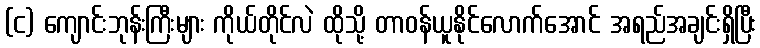
(င) ကျောင်းဘုန်းကြီးများ ကိုယ်တိုင်လဲ ထိုသို့ တာဝန်ယူနိုင်လောက်အောင် အရည်အချင်းရှိပြီး